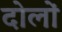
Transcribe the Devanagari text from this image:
दोलों